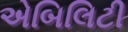
એબિલિટી